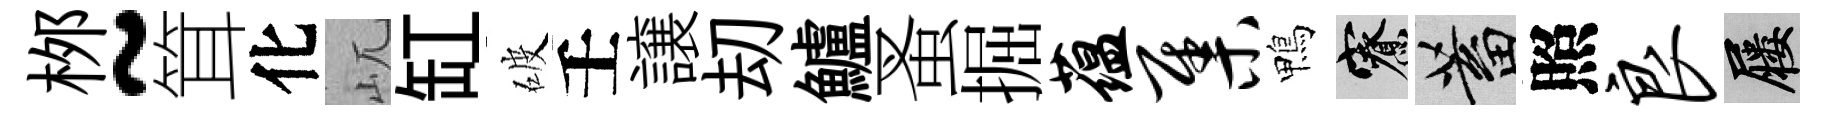
桞~䇯化屼缸破壬譲刧鱸蚤掘蕴集鴨寮蓄照良屨